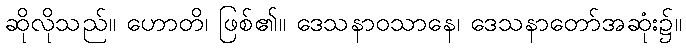
ဆိုလိုသည်။ ဟောတိ၊ ဖြစ်၏။ ဒေသနာဝသာနေ၊ ဒေသနာတော်အဆုံး၌။